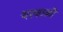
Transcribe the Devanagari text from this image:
यरवाळी